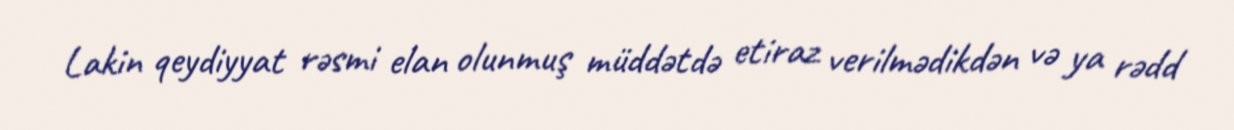
Lakin qeydiyyat rəsmi elan olunmuş müddətdə etiraz verilmədikdən və ya rədd